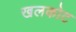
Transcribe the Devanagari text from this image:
खलकोट